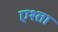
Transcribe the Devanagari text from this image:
एश्ता